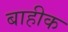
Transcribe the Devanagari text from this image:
बाहीक